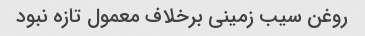
روغن سیب زمینی برخلاف معمول تازه نبود